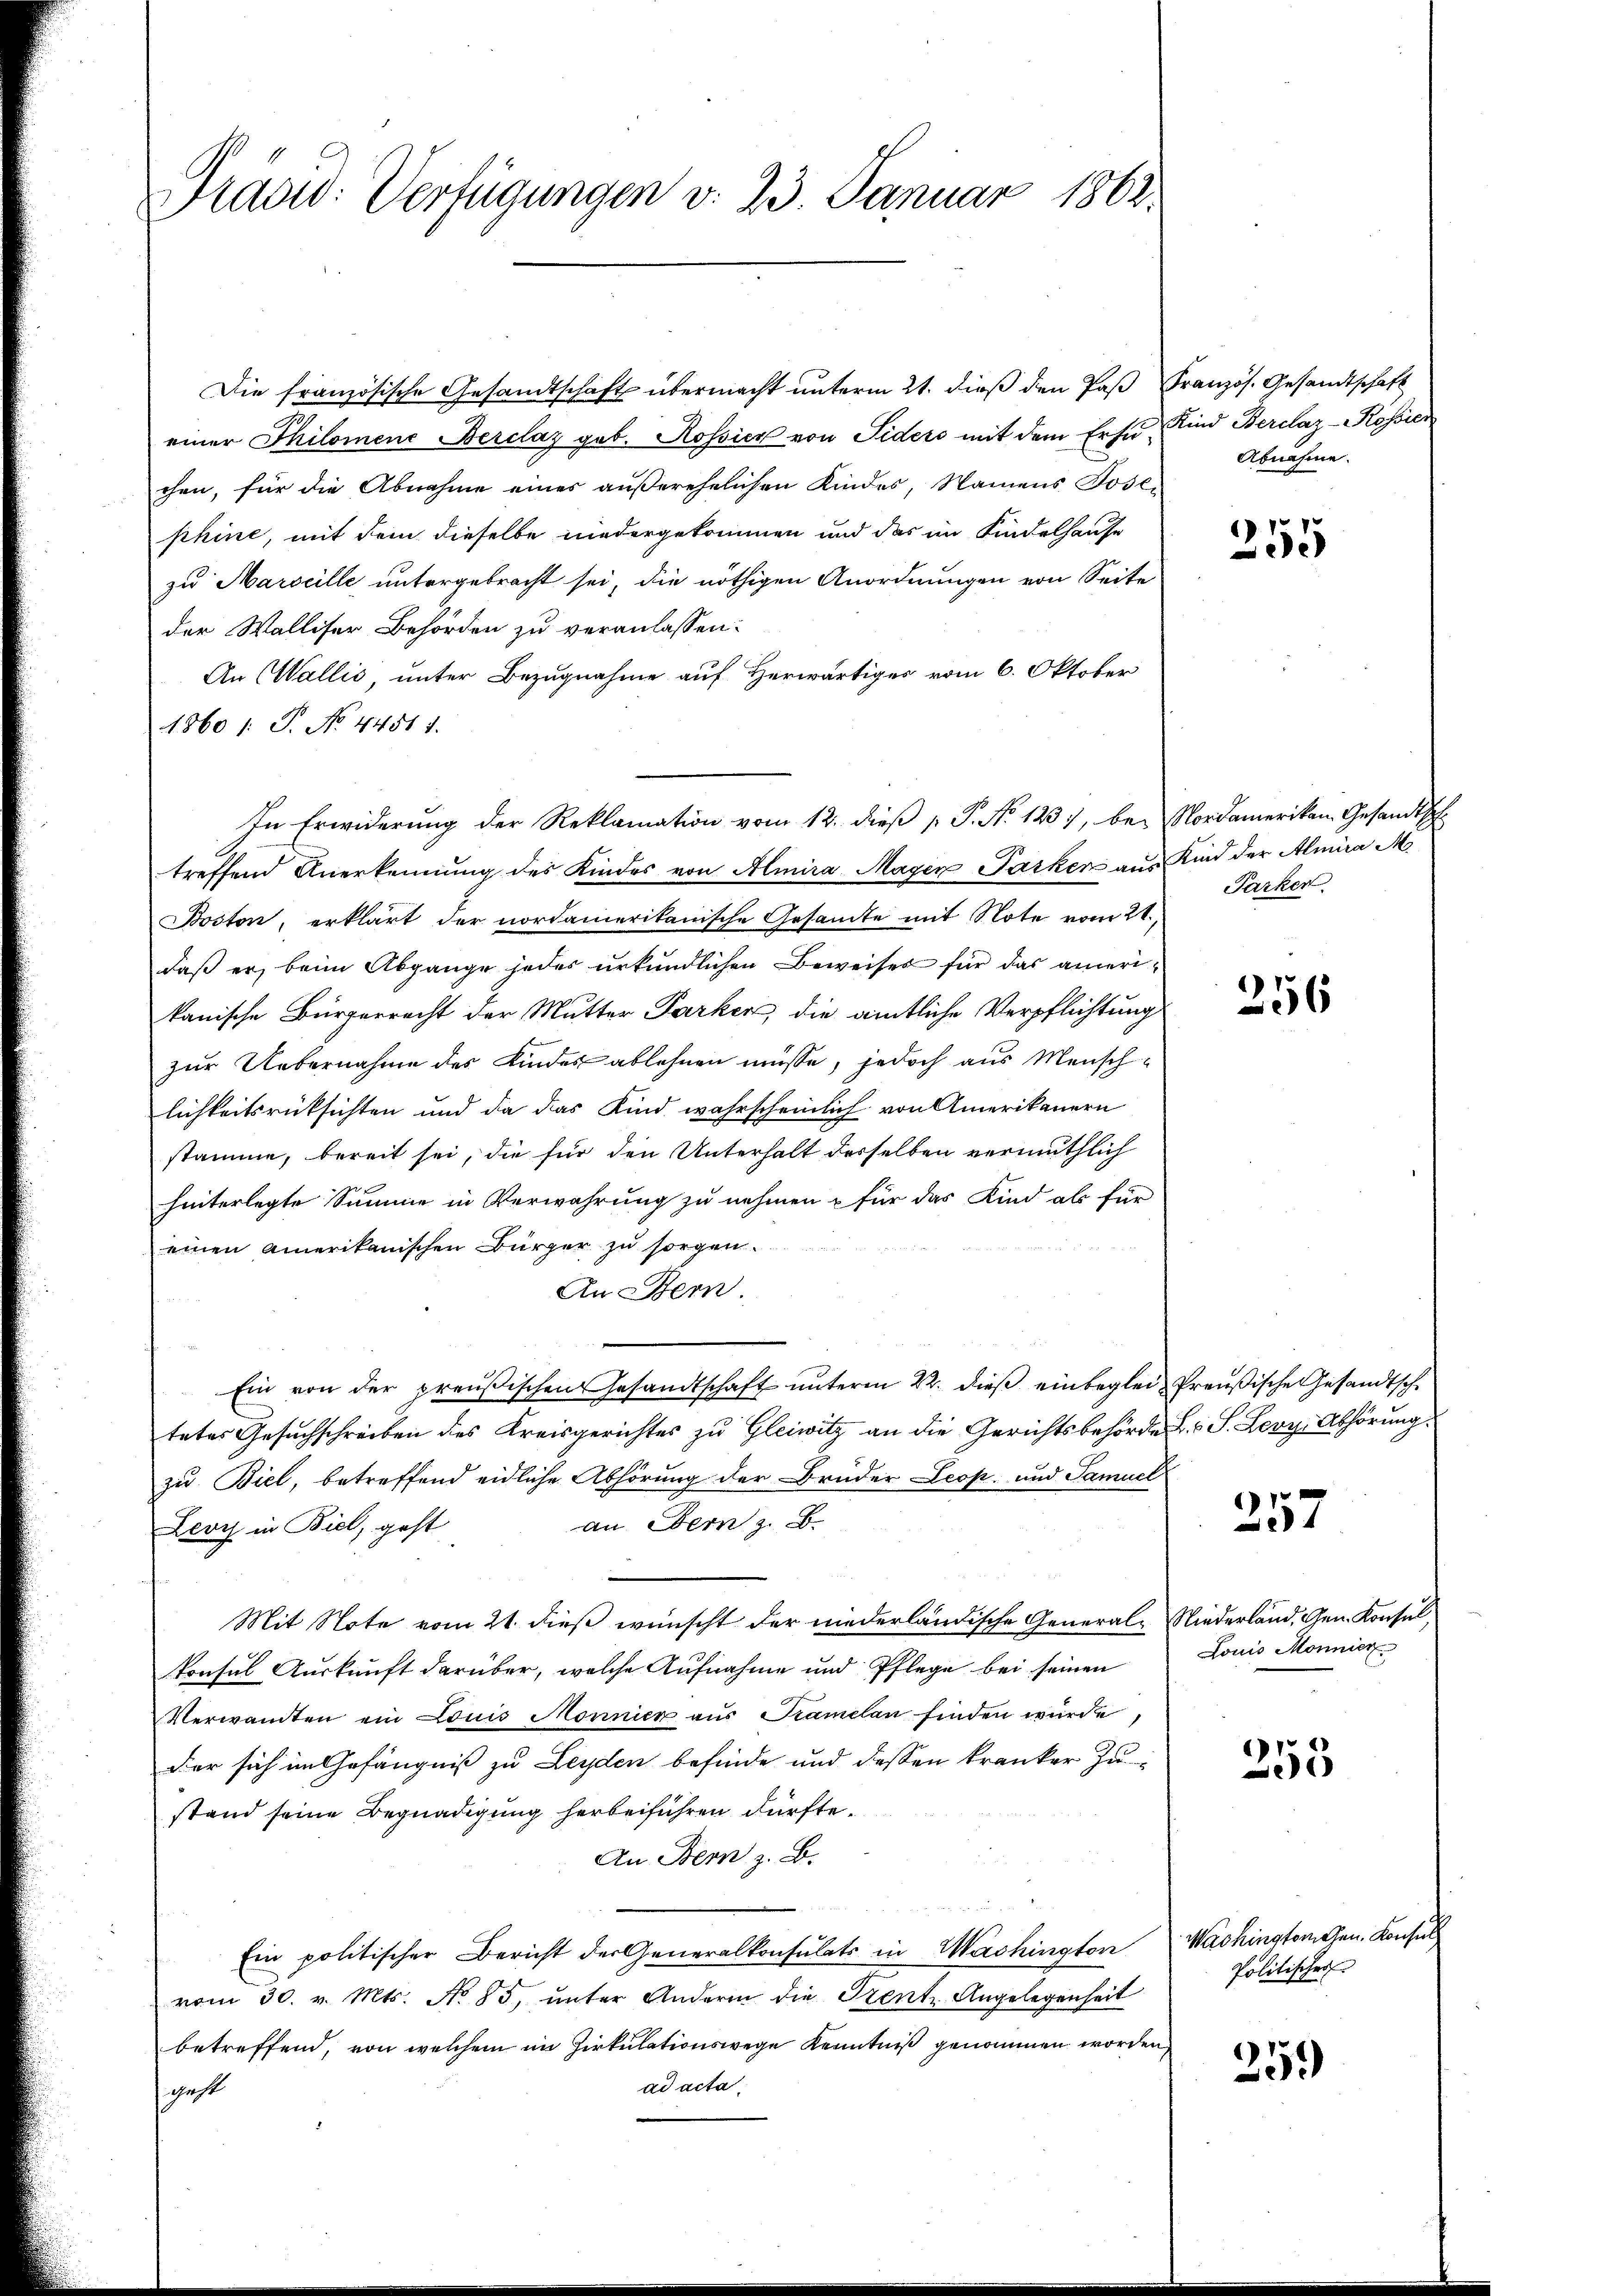
Präsid. Verfügungen v. 23. Januar 1862.

Die französische Gesandtschaft übermacht unterm 21. dieß den Paß Französ. Gesandtschaft
einer Philomene Berclaz geb. Rossier von Fiders mit dem Ersuchen, für die Abnahme eines außerehelichen Kindes, Namens Jose
phine, mit dem dieselbe niedergekommen und das im Kindelhause
zu Marseille untergebracht sei, die nöthigen Anordnungen von Seite
der Walliser Behörden zu veranlassen:
An Wallis, unter Bezugnahme auf Herwärtiges vom 6. Oktober
1860 /: P. No. 44511.
In Erwiderŭng der Reklamation vom 12. dieβ p. P. No 1237, bei Nordameriken Gesandtsch
treffend Anerkennung des Kindes von Amira Mager Parker aus Kind der Almira M
Boston, erklärt der nordamerikanische Gesamte mit Note vom 21.
daß er, beim Abgange jedes urkundlichen Beweises für das ameri
kanische Bürgerrecht der Mutter Parker, die amtliche Verpflichtung
zur Uebernahme des Kindes ablehnen müsse, jedoch aus Menschlichkeitsrücksichten und da das Kind wahrscheinlich von Amerikanern
stämme, bereit sei, die für den Unterhalt desselben vermuthlich
hinterlegte Summe in Verwahrung zu nehmen & für das Kind als für
einen Amerikanischen Bürger zu sorgen.
An Bern
Ein von der preußischen Gesandtschaft unterm 22. dieß einbeglei
tetes Gesuchschreiben des Kreisgerichtes zu Gleiwitz an die Gerichtsbehörde
zu Biel, betreffend eidliche Abhörung der Bruder Leop. und Samuel
an Bern z. B.
Leoy in Biel, geht
Mit Note vom 21. dieß wünscht der niederländische General¬
Tonsul Auskunft darüber, welche Aufnahme und Pflege bei seinen
Verwandten ein Louis Monnier aus Tramelan finden wurde,
der sich im Gefängniß zu Leyden befinde und dessen kranker zustand seine Begnadigung herbeiführen dürfte.
An Bern z. B.
Ein politischer Bericht der Generalkonsulats in Washington
vom 30. v. Mts. No 85, unter Andern die Prente Angelegenheit
betreffend, von welchem im Zirkulationswege Kenntniß genommen worde
ad acta.
gest

Kind Berclaz - Rossier
Abnahme.

255

Parken.
s

256

u Preußische Gesandtsch.
 L. S. Lery, Abhörung

4

Niederland. Gen. Konsul,
Louis Monnier

253

Washingtomchen. Konsul
Politischer

25.)